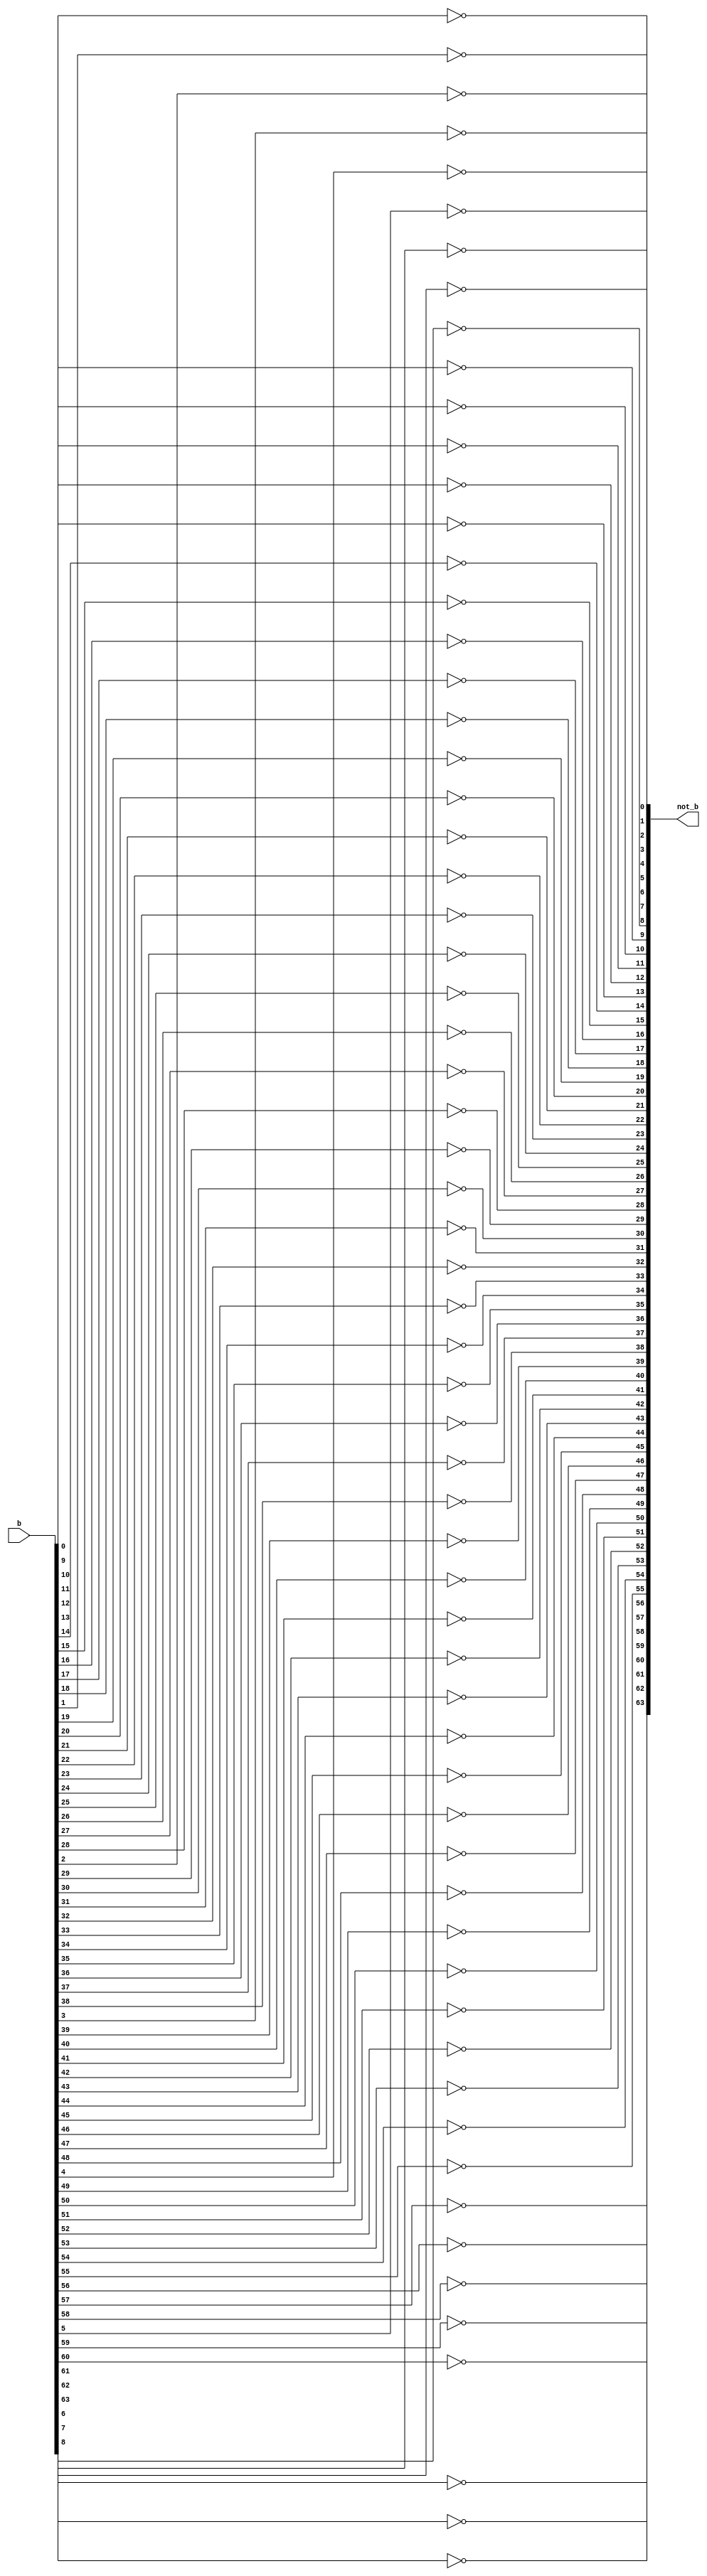
module not64(b,not_b);
input signed [63:0] b;
output signed [63:0] not_b;

genvar i;
generate for (i = 0; i < 64 ; i = i + 1) 
begin
    not(not_b[i],b[i]);  
end
endgenerate

endmodule